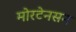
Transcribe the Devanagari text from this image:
मोरटेनसन